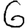
Digit: 6